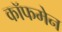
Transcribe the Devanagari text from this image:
कॉफमेन